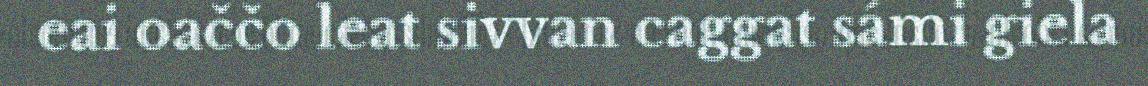
eai oaččo leat sivvan caggat sámi giela